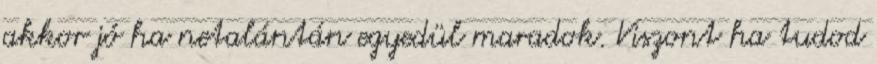
akkor jó ha netalántán egyedül maradok. Viszont ha tudod